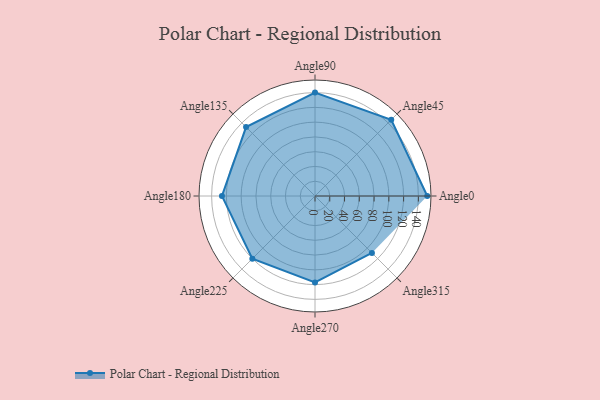
{"axis": {"x": "Angle", "y": "Radius"}, "legend": [""], "data": [{"x": "Angle0", "y": 152.0, "type": ""}, {"x": "Angle45", "y": 146.0, "type": ""}, {"x": "Angle90", "y": 140.0, "type": ""}, {"x": "Angle135", "y": 132.0, "type": ""}, {"x": "Angle180", "y": 126.0, "type": ""}, {"x": "Angle225", "y": 120.0, "type": ""}, {"x": "Angle270", "y": 117.0, "type": ""}, {"x": "Angle315", "y": 109.0, "type": ""}]}